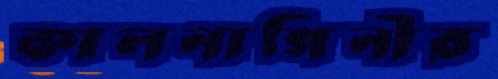
কালনাগিনীর